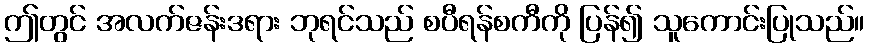
ဤတွင် အလက်ဇန်းဒရား ဘုရင်သည် စပီရန်စကီကို ပြန်၍ သူကောင်းပြုသည်။